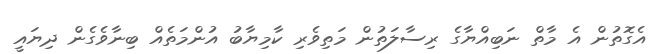
އެގޮތުން އެ މާތް ނަބިއްޔާގެ ރިސާލަތުން މަތިވެރި ކާމިޔާބު އުންމަތެއް ބިނާވެގެން ދިޔައީ